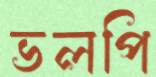
ভলপি